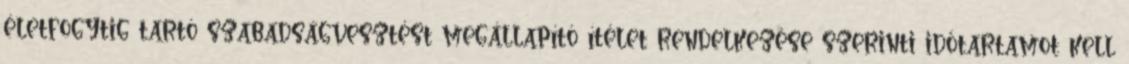
életfogytig tartó szabadságvesztést megállapító ítélet rendelkezése szerinti időtartamot kell